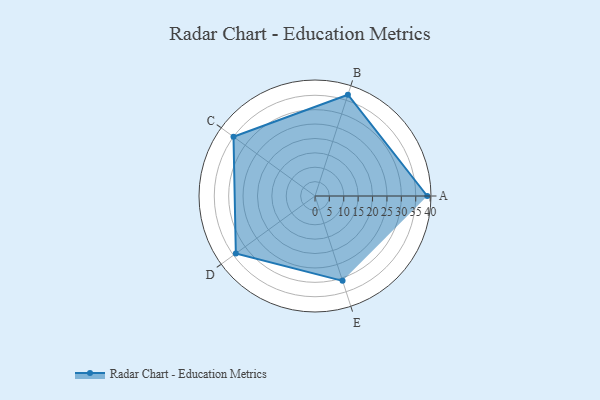
{"axis": {"x": "Skill", "y": "Score"}, "legend": ["Profile"], "data": [{"x": "A", "y": 39.0, "type": "Profile"}, {"x": "B", "y": 37.0, "type": "Profile"}, {"x": "C", "y": 35.0, "type": "Profile"}, {"x": "D", "y": 34.0, "type": "Profile"}, {"x": "E", "y": 31.0, "type": "Profile"}]}